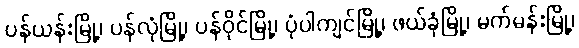
ပန်ယန်းမြို့၊ ပန်လုံမြို့၊ ပန်ဝိုင်မြို့၊ ပုံပါကျင်မြို့၊ ဖယ်ခုံမြို့၊ မက်မန်းမြို့၊